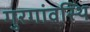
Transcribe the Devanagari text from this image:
गुरगांवस्थि